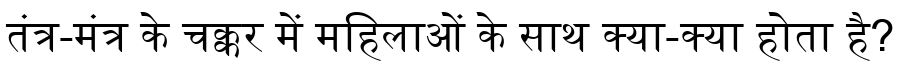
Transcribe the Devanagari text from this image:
तंत्र-मंत्र के चक्कर में महिलाओं के साथ क्या-क्या होता है?